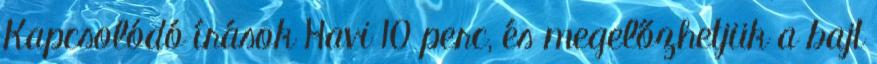
Kapcsolódó írások Havi 10 perc, és megelőzhetjük a bajt